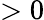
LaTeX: >0